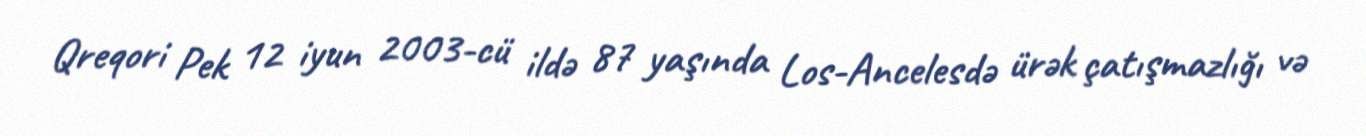
Qreqori Pek 12 iyun 2003-cü ildə 87 yaşında Los-Ancelesdə ürək çatışmazlığı və